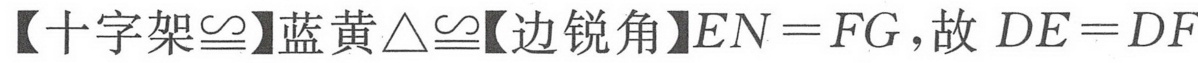
【十字架$\cong$】蓝黄$\triangle\cong$【边锐角】$EN = FG$，故$DE = DF$